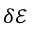
\delta { \ensuremath { \mathcal E } }